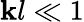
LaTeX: \mathbf{k}l\ll1